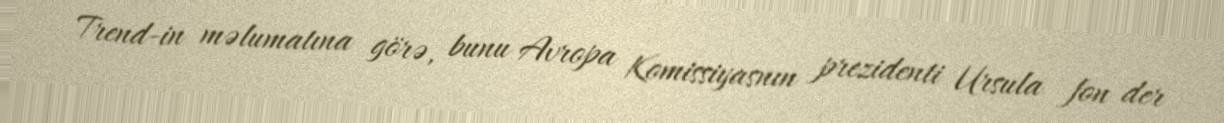
Trend-in məlumatına görə, bunu Avropa Komissiyasnın prezidenti Ursula fon der